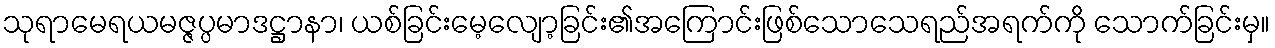
သုရာမေရယမဇ္ဇပ္ပမာဒဋ္ဌာနာ၊ ယစ်ခြင်းမေ့လျော့ခြင်း၏အကြောင်းဖြစ်သောသေရည်အရက်ကို သောက်ခြင်းမှ။